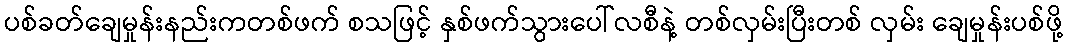
ပစ်ခတ်ချေမှုန်းနည်းကတစ်ဖက် စသဖြင့် နှစ်ဖက်သွားပေါ်လစီနဲ့ တစ်လှမ်းပြီးတစ် လှမ်း ချေမှုန်းပစ်ဖို့